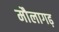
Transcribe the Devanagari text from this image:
मौलागढ़